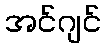
အင်ဂျင်